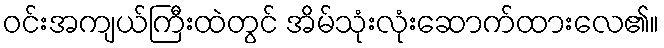
ဝင်းအကျယ်ကြီးထဲတွင် အိမ်သုံးလုံးဆောက်ထားလေ၏။